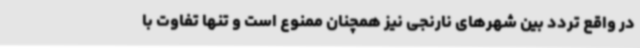
در واقع تردد بین شهرهای نارنجی نیز همچنان ممنوع است و تنها تفاوت با